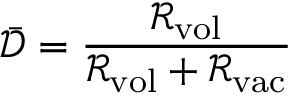
\bar { \mathcal { D } } = \frac { \mathcal { R } _ { \mathrm { v o l } } } { \mathcal { R } _ { \mathrm { v o l } } + \mathcal { R } _ { \mathrm { v a c } } }